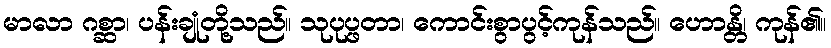
မာလာ ဂစ္ဆာ၊ ပန်းချုံတို့သည်။ သုပုပ္ဖတာ၊ ကောင်းစွာပွင့်ကုန်သည်။ ဟောန္တိ၊ ကုန်၏။